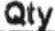
QTY